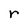
Character: r